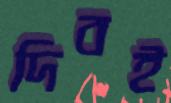
দিবই